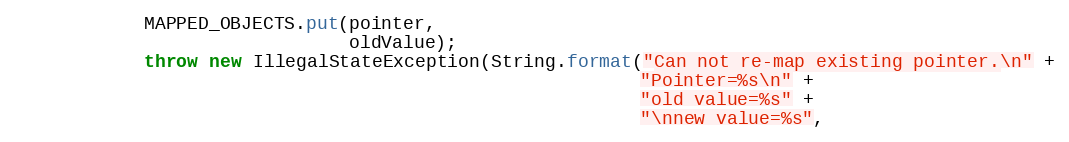
Language: Java
            MAPPED_OBJECTS.put(pointer,
                               oldValue);
            throw new IllegalStateException(String.format("Can not re-map existing pointer.\n" +
                                                          "Pointer=%s\n" +
                                                          "old value=%s" +
                                                          "\nnew value=%s",